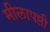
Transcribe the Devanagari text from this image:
मीलापप्ती